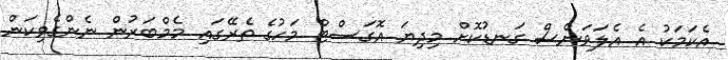
އެކަމަކު އެ އެލަވަންސް ގަނޑުކޮށް މިދިޔަ އޮގަސްޓް މަހުގެ ތެރޭގައި މެމްބަރުން ނެންގެވިކަން